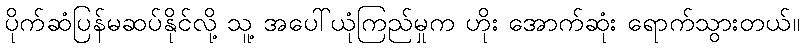
ပိုက်ဆံပြန်မဆပ်နိုင်လို့ သူ့ အပေါ်ယုံကြည်မှုက ဟိုး အောက်ဆုံး ရောက်သွားတယ်။